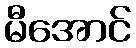
မီအောင်